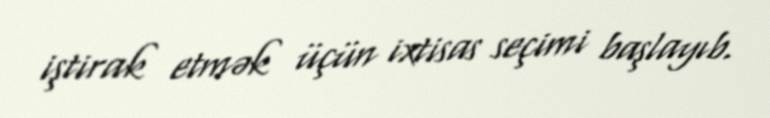
iştirak etmək üçün ixtisas seçimi başlayıb.